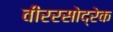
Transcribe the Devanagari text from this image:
वीररसोद्रेक